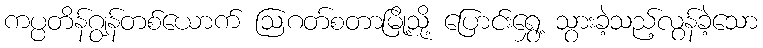
ကပ္ပတိန်ဂျွန်တစ်ယောက် ဩဂတ်စတာမြို့သို့ ပြောင်းရွှေ့ သွားခဲ့သည့်လွန်ခဲ့သော